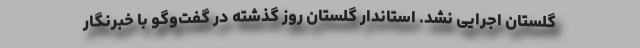
گلستان اجرایی نشد. استاندار گلستان روز گذشته در گفت‌وگو با خبرنگار